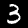
Label: 3